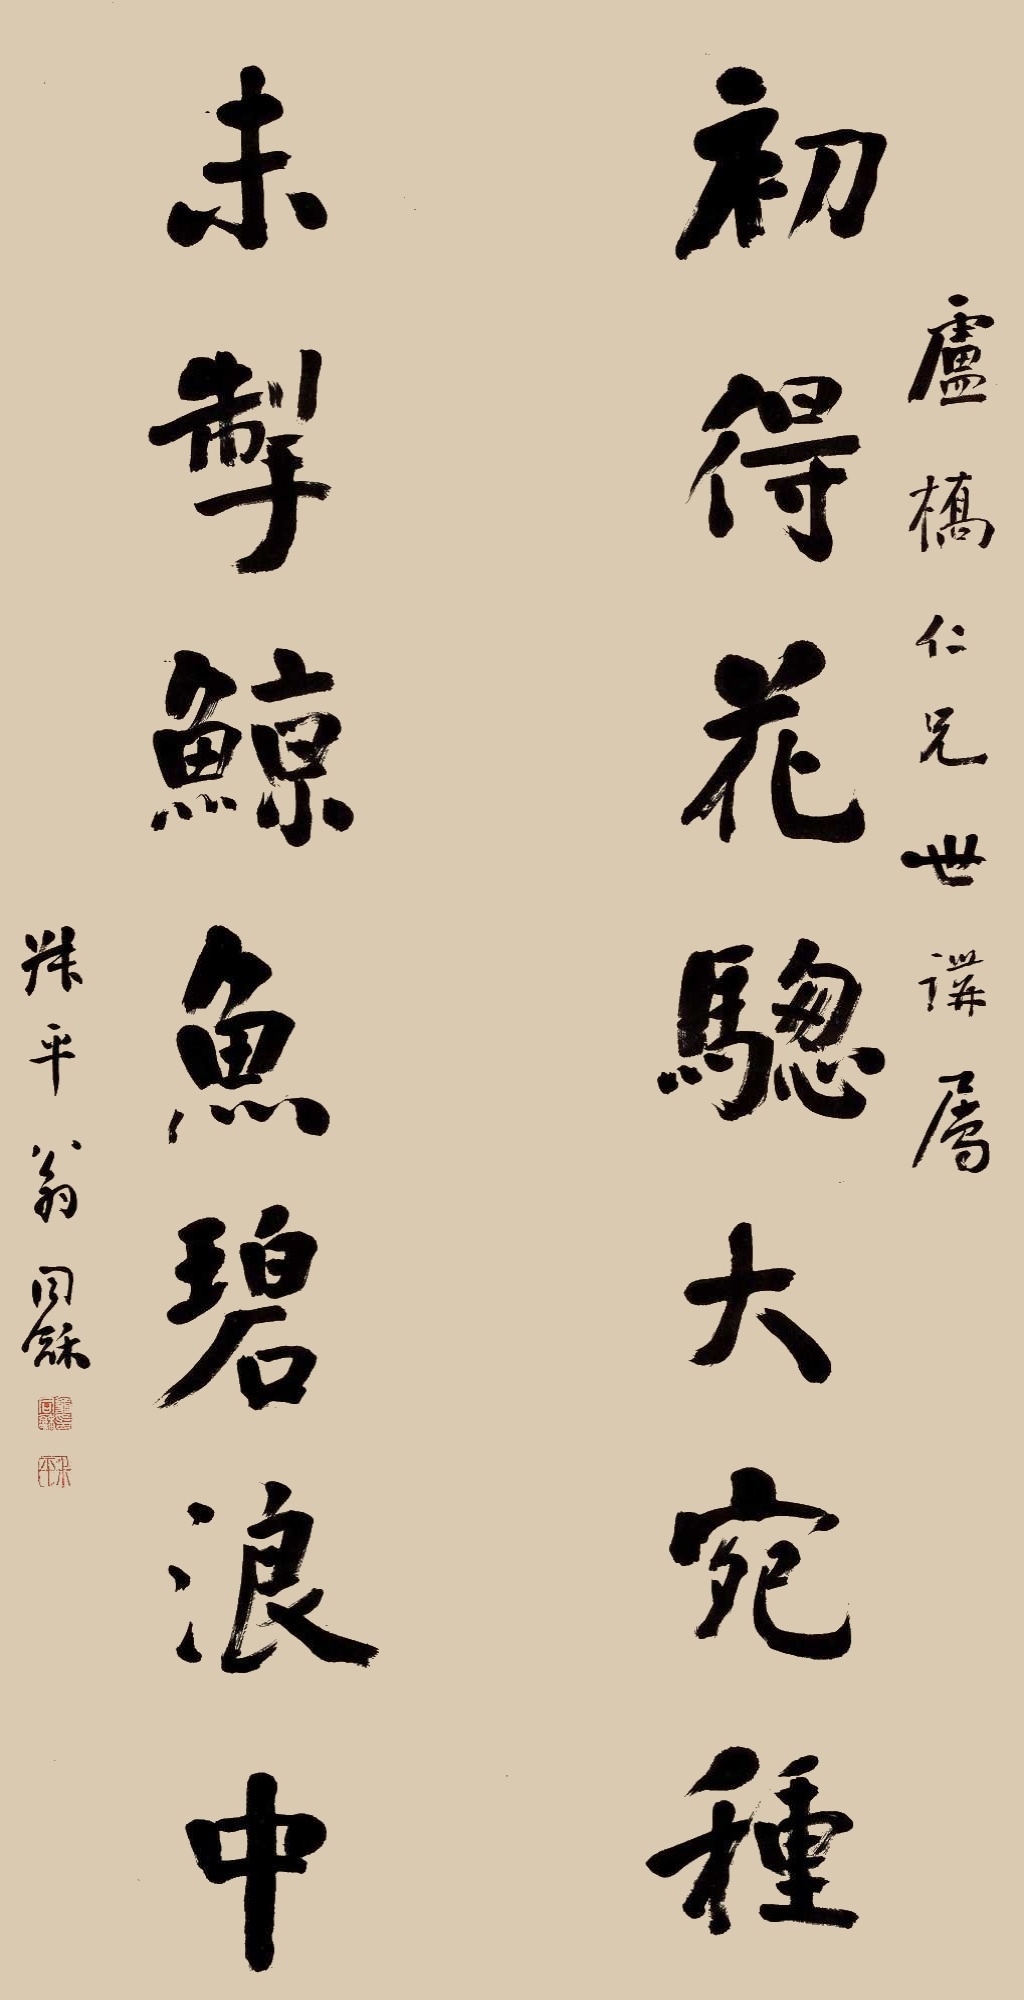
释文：初得花骢大宛种，未掣鲸鱼碧浪中。庐桥仁兄世讲属，叔平翁同龢。